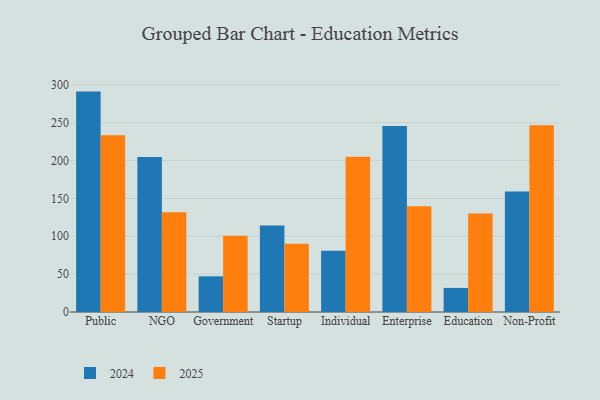
{"axis": {"x": "Segment", "y": "Net Income (USD K)"}, "legend": ["2024", "2025"], "data": [{"x": "Public", "y": 291.1, "type": "2024"}, {"x": "Public", "y": 233.3, "type": "2025"}, {"x": "NGO", "y": 204.8, "type": "2024"}, {"x": "NGO", "y": 131.8, "type": "2025"}, {"x": "Government", "y": 47.1, "type": "2024"}, {"x": "Government", "y": 100.6, "type": "2025"}, {"x": "Startup", "y": 114.2, "type": "2024"}, {"x": "Startup", "y": 90.3, "type": "2025"}, {"x": "Individual", "y": 80.8, "type": "2024"}, {"x": "Individual", "y": 205.2, "type": "2025"}, {"x": "Enterprise", "y": 245.6, "type": "2024"}, {"x": "Enterprise", "y": 139.8, "type": "2025"}, {"x": "Education", "y": 31.8, "type": "2024"}, {"x": "Education", "y": 130.1, "type": "2025"}, {"x": "Non-Profit", "y": 159.1, "type": "2024"}, {"x": "Non-Profit", "y": 246.6, "type": "2025"}]}